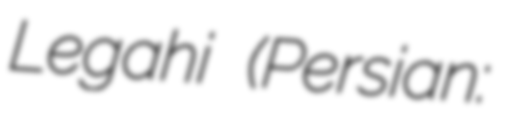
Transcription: Legahi (Persian: